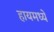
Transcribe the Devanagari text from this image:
हायमध्ये